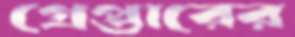
গ্রেপ্তারের